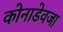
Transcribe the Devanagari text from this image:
कोनाडेवजा